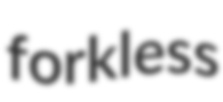
forkless